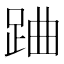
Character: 𨀪